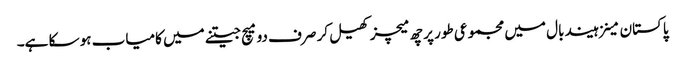
پاکستان مینزہیند بال میں مجموعی طور پر چھ میچز کھیل کر صرف دو میچ جیتنے میں کامیاب ہو سکا ہے۔